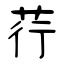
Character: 荇